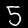
Label: 5